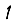
Digit: 1